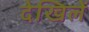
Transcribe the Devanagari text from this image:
देखिलें